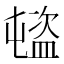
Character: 𥂉